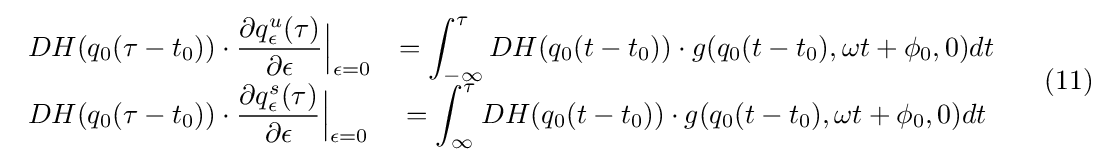
{{\begin{array}{lcl}DH(q_{0}(\tau -t_{0}))\cdot {\dfrac {\partial q_{\epsilon }^{u}(\tau )}{\partial \epsilon }}{\Big |}_{\epsilon =0}&=\displaystyle \int _{-\infty }^{\tau }DH(q_{0}(t-t_{0}))\cdot g(q_{0}(t-t_{0}),\omega t+\phi _{0},0)dt\\DH(q_{0}(\tau -t_{0}))\cdot {\dfrac {\partial q_{\epsilon }^{s}(\tau )}{\partial \epsilon }}{\Big |}_{\epsilon =0}&=\displaystyle \int _{\infty }^{\tau }DH(q_{0}(t-t_{0}))\cdot g(q_{0}(t-t_{0}),\omega t+\phi _{0},0)dt\end{array}}~\ ~\ {(11)}}